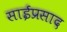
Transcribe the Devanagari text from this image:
साईप्रसाद